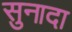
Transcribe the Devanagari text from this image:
सुनादा